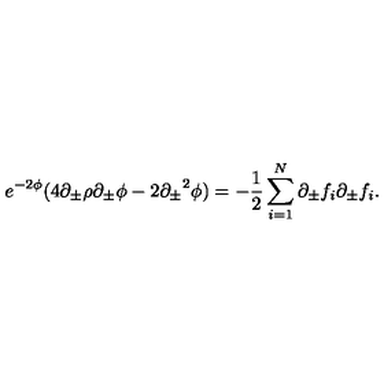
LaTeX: e ^ { - 2 \phi } ( 4 \partial _ { \pm } \rho \partial _ { \pm } \phi - 2 { \partial _ { \pm } } ^ { 2 } \phi ) = - { \frac { 1 } { 2 } } \sum _ { i = 1 } ^ { N } \partial _ { \pm } f _ { i } \partial _ { \pm } f _ { i } .